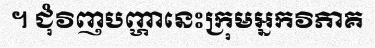
។ ជុំវិញបញ្ហានេះក្រុមអ្នកវិភាគ